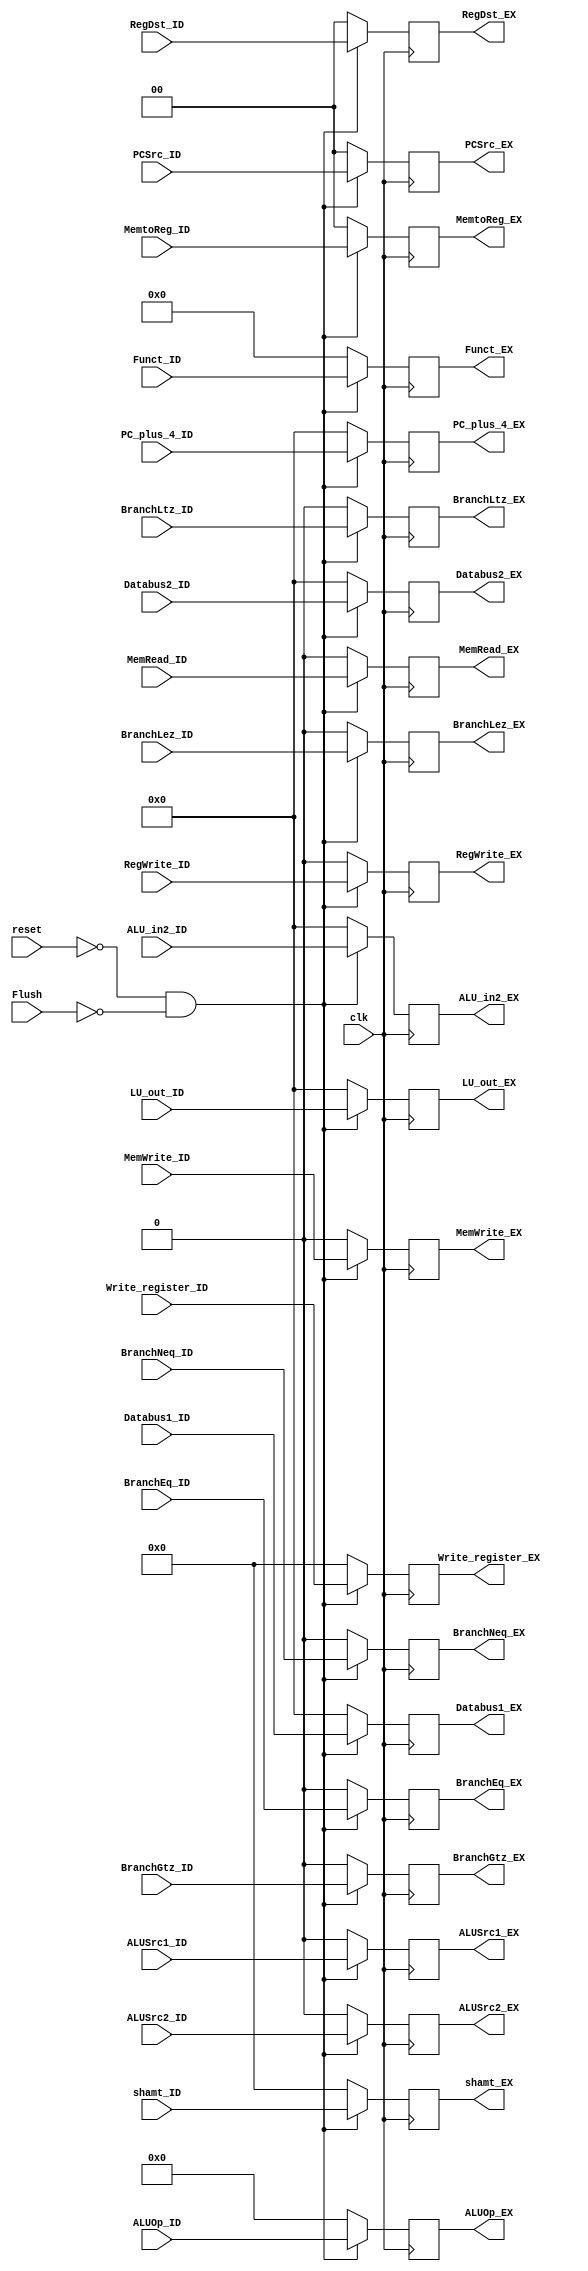
`timescale 1ns / 1ps


module ID_EX_Reg(
    input clk,
    input reset,
    input Flush,
    input [31:0] PC_plus_4_ID,
    input [3:0]ALUOp_ID,
    input [1:0]RegDst_ID,
    input MemWrite_ID,
    input MemRead_ID,
    input BranchEq_ID,
    input BranchNeq_ID,
    input BranchLez_ID,
    input BranchGtz_ID,
    input BranchLtz_ID,
    input [1:0] MemtoReg_ID,
    input RegWrite_ID,
    input [4:0] shamt_ID,
    input [5:0] Funct_ID,
    input  ALUSrc1_ID,
    input ALUSrc2_ID,
    input [31:0] LU_out_ID,
    input [31:0] Databus1_ID,Databus2_ID,
    input [4:0] Write_register_ID,
    input [1:0] PCSrc_ID,
    input [31:0] ALU_in2_ID,

    output reg [31:0] PC_plus_4_EX,
    output reg [3:0]ALUOp_EX,
    output reg [1:0]RegDst_EX,
    output reg MemWrite_EX,
    output reg MemRead_EX,
    output reg BranchEq_EX,
    output reg BranchNeq_EX,
    output reg BranchLez_EX,
    output reg BranchGtz_EX,
    output reg BranchLtz_EX,
    output reg [1:0] MemtoReg_EX,
    output reg RegWrite_EX,
    output reg [4:0] shamt_EX,
    output reg [5:0] Funct_EX,
    output reg ALUSrc1_EX,
    output reg ALUSrc2_EX,
    output reg [31:0] LU_out_EX,
    output reg [31:0] Databus1_EX, Databus2_EX,
    output reg [4:0] Write_register_EX,
    output reg [1:0] PCSrc_EX,
    output reg [31:0] ALU_in2_EX
    );

always @(posedge clk)begin
  if(~reset && ~Flush)begin
    PC_plus_4_EX<=PC_plus_4_ID;
    ALUOp_EX<=ALUOp_ID;
    RegDst_EX<=RegDst_ID;
    MemWrite_EX<=MemWrite_ID;
    MemRead_EX<=MemRead_ID;
    BranchEq_EX<=BranchEq_ID;
    BranchNeq_EX<=BranchNeq_ID;
    BranchLez_EX<=BranchLez_ID;
    BranchGtz_EX<=BranchGtz_ID;
    BranchLtz_EX<=BranchLtz_ID;
    MemtoReg_EX<=MemtoReg_ID;
    RegWrite_EX<=RegWrite_ID;
    shamt_EX<=shamt_ID;
    Funct_EX<=Funct_ID;
    ALUSrc1_EX<=ALUSrc1_ID;
    ALUSrc2_EX<=ALUSrc2_ID;
    LU_out_EX<=LU_out_ID;
    Databus1_EX<=Databus1_ID;
    Databus2_EX<=Databus2_ID;
    Write_register_EX<=Write_register_ID;
    PCSrc_EX<=PCSrc_ID;
    ALU_in2_EX<=ALU_in2_ID;
  end
  else begin
    PC_plus_4_EX<=0;
    ALUOp_EX<=0;
    RegDst_EX<=0;
    MemWrite_EX<=0;
    MemRead_EX<=0;
    BranchEq_EX<=0;
    BranchNeq_EX<=0;
    BranchLez_EX<=0;
    BranchGtz_EX<=0;
    BranchLtz_EX<=0;
    MemtoReg_EX<=0;
    RegWrite_EX<=0;
    shamt_EX<=0;
    Funct_EX<=0;
    ALUSrc1_EX<=0;
    ALUSrc2_EX<=0;
    LU_out_EX<=0;
    Databus1_EX<=0;
    Databus2_EX<=0;
    Write_register_EX<=0;
    PCSrc_EX<=0;
    ALU_in2_EX<=0;
  end
end
endmodule